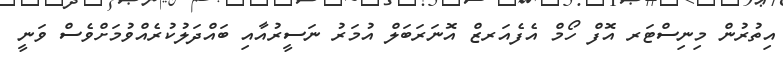
އިތުރުން މިނިސްޓަރ އޮފް ހޯމް އެފެއަރޒް އޮނަރަބަލް އުމަރު ނަސީރުއާއި ބައްދަލުކުރެއްވުމަށްވެސް ވަނީ